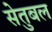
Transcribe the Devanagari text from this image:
सेतुबल